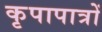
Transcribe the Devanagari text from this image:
कृपापात्रों